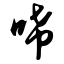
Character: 唏